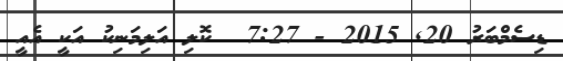
ޑިސެމްބަރު 20